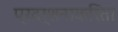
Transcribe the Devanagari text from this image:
प्रदर्शनाकरिता